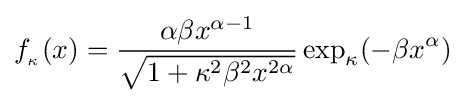
f_{_{\kappa }}(x)={\frac {\alpha \beta x^{\alpha -1}}{\sqrt {1+\kappa ^{2}\beta ^{2}x^{2\alpha }}}}\exp _{\kappa }(-\beta x^{\alpha })